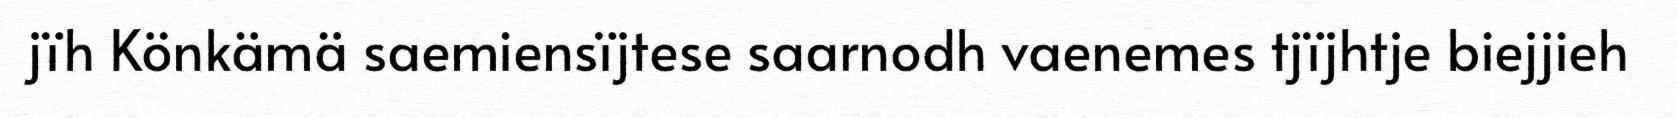
jïh Könkämä saemiensïjtese saarnodh vaenemes tjïjhtje biejjieh